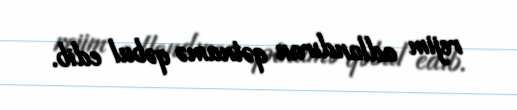
rejim adlandıran qətnamə qəbul edib.